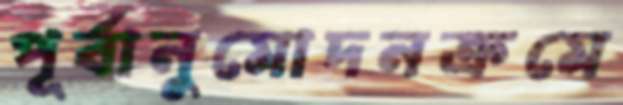
পূর্বানুমোদনক্রমে